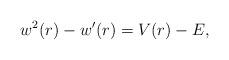
LaTeX: \begin{align*} w^2(r)- w^\prime(r) = V(r) -E ,\end{align*}